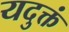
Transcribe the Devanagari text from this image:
यदुक्तं